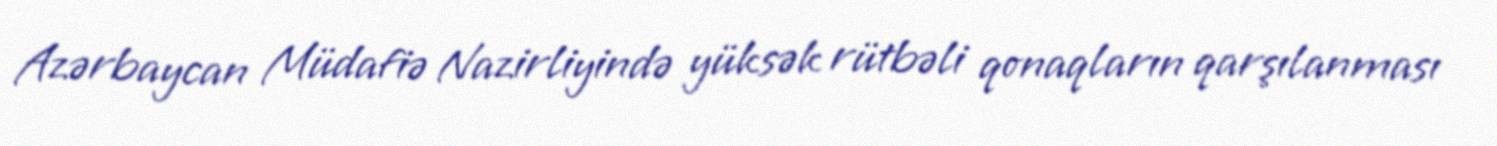
Azərbaycan Müdafiə Nazirliyində yüksək rütbəli qonaqların qarşılanması